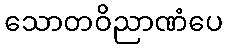
သောတဝိညာဏံပေ